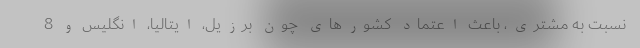
نسبت به مشتری، باعث اعتماد کشورهای چون برزیل، ایتالیا، انگلیس و 8